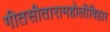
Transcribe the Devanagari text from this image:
गीतसीतारामहोलीविहार